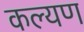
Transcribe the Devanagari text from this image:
कल्यण